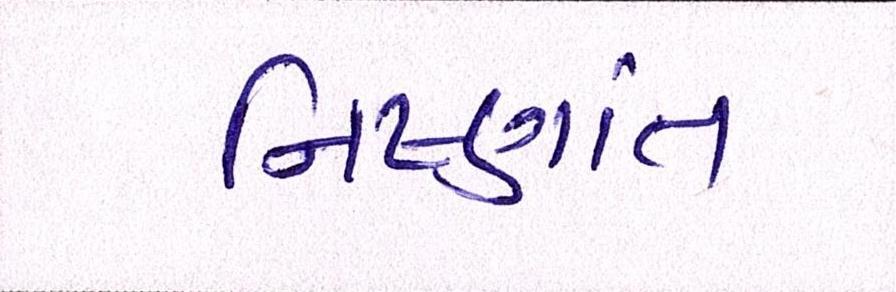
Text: નિષ્ણાંત